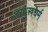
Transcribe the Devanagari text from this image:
ज़रथुस्त्रधर्म